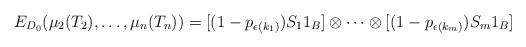
LaTeX: \begin{align*}E_{D_0}(\mu_2(T_2),\ldots, \mu_n(T_n)) = [(1-p_{\epsilon(k_{1})}) S_1 1_B] \otimes \cdots \otimes [(1-p_{\epsilon(k_{m})}) S_m1_B]\end{align*}